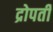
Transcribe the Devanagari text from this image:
द्रोपती